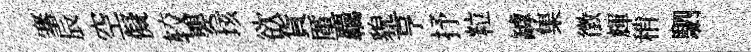
搴辰空儗较嬰垓欲貨厪覊貌亨抒粒罅集徴輝稍駟